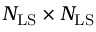
N _ { \mathrm { L S } } \times N _ { \mathrm { L S } }